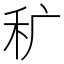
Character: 𰨜